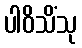
ပါဝိသိံသု